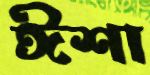
ঈশা